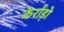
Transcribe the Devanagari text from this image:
केर्राड़ो